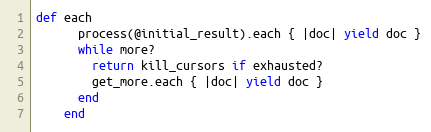
Language: Ruby
def each
      process(@initial_result).each { |doc| yield doc }
      while more?
        return kill_cursors if exhausted?
        get_more.each { |doc| yield doc }
      end
    end